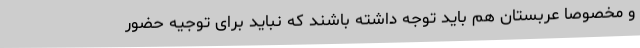
و مخصوصا عربستان هم باید توجه داشته باشند که نباید برای توجیه حضور